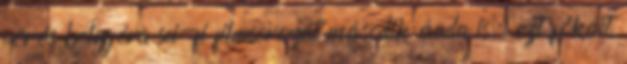
vörös bolygóra sci-fi filmsorozat második évada is, ezt főként